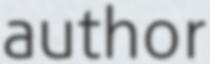
author